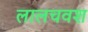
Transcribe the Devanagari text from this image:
लालचवश